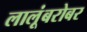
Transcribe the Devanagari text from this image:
लालूंबरोबर